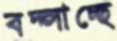
বদ্‌লাচ্ছে